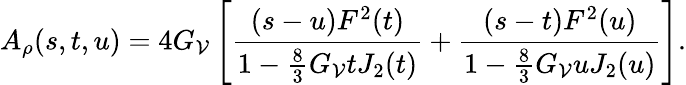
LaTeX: A_{\rho}(s,t,u)=4G_{\mathcal{V}}\left[\frac{{(s-u)F^{2}(t)}}{{1-\frac{{8}}{{3}}G_{\mathcal{V}}tJ_{2}(t)}}+\frac{{(s-t)F^{2}(u)}}{{1-\frac{{8}}{{3}}G_{\mathcal{V}}uJ_{2}(u)}}\right].